EELK_Kanepi_kogudus, lk 13
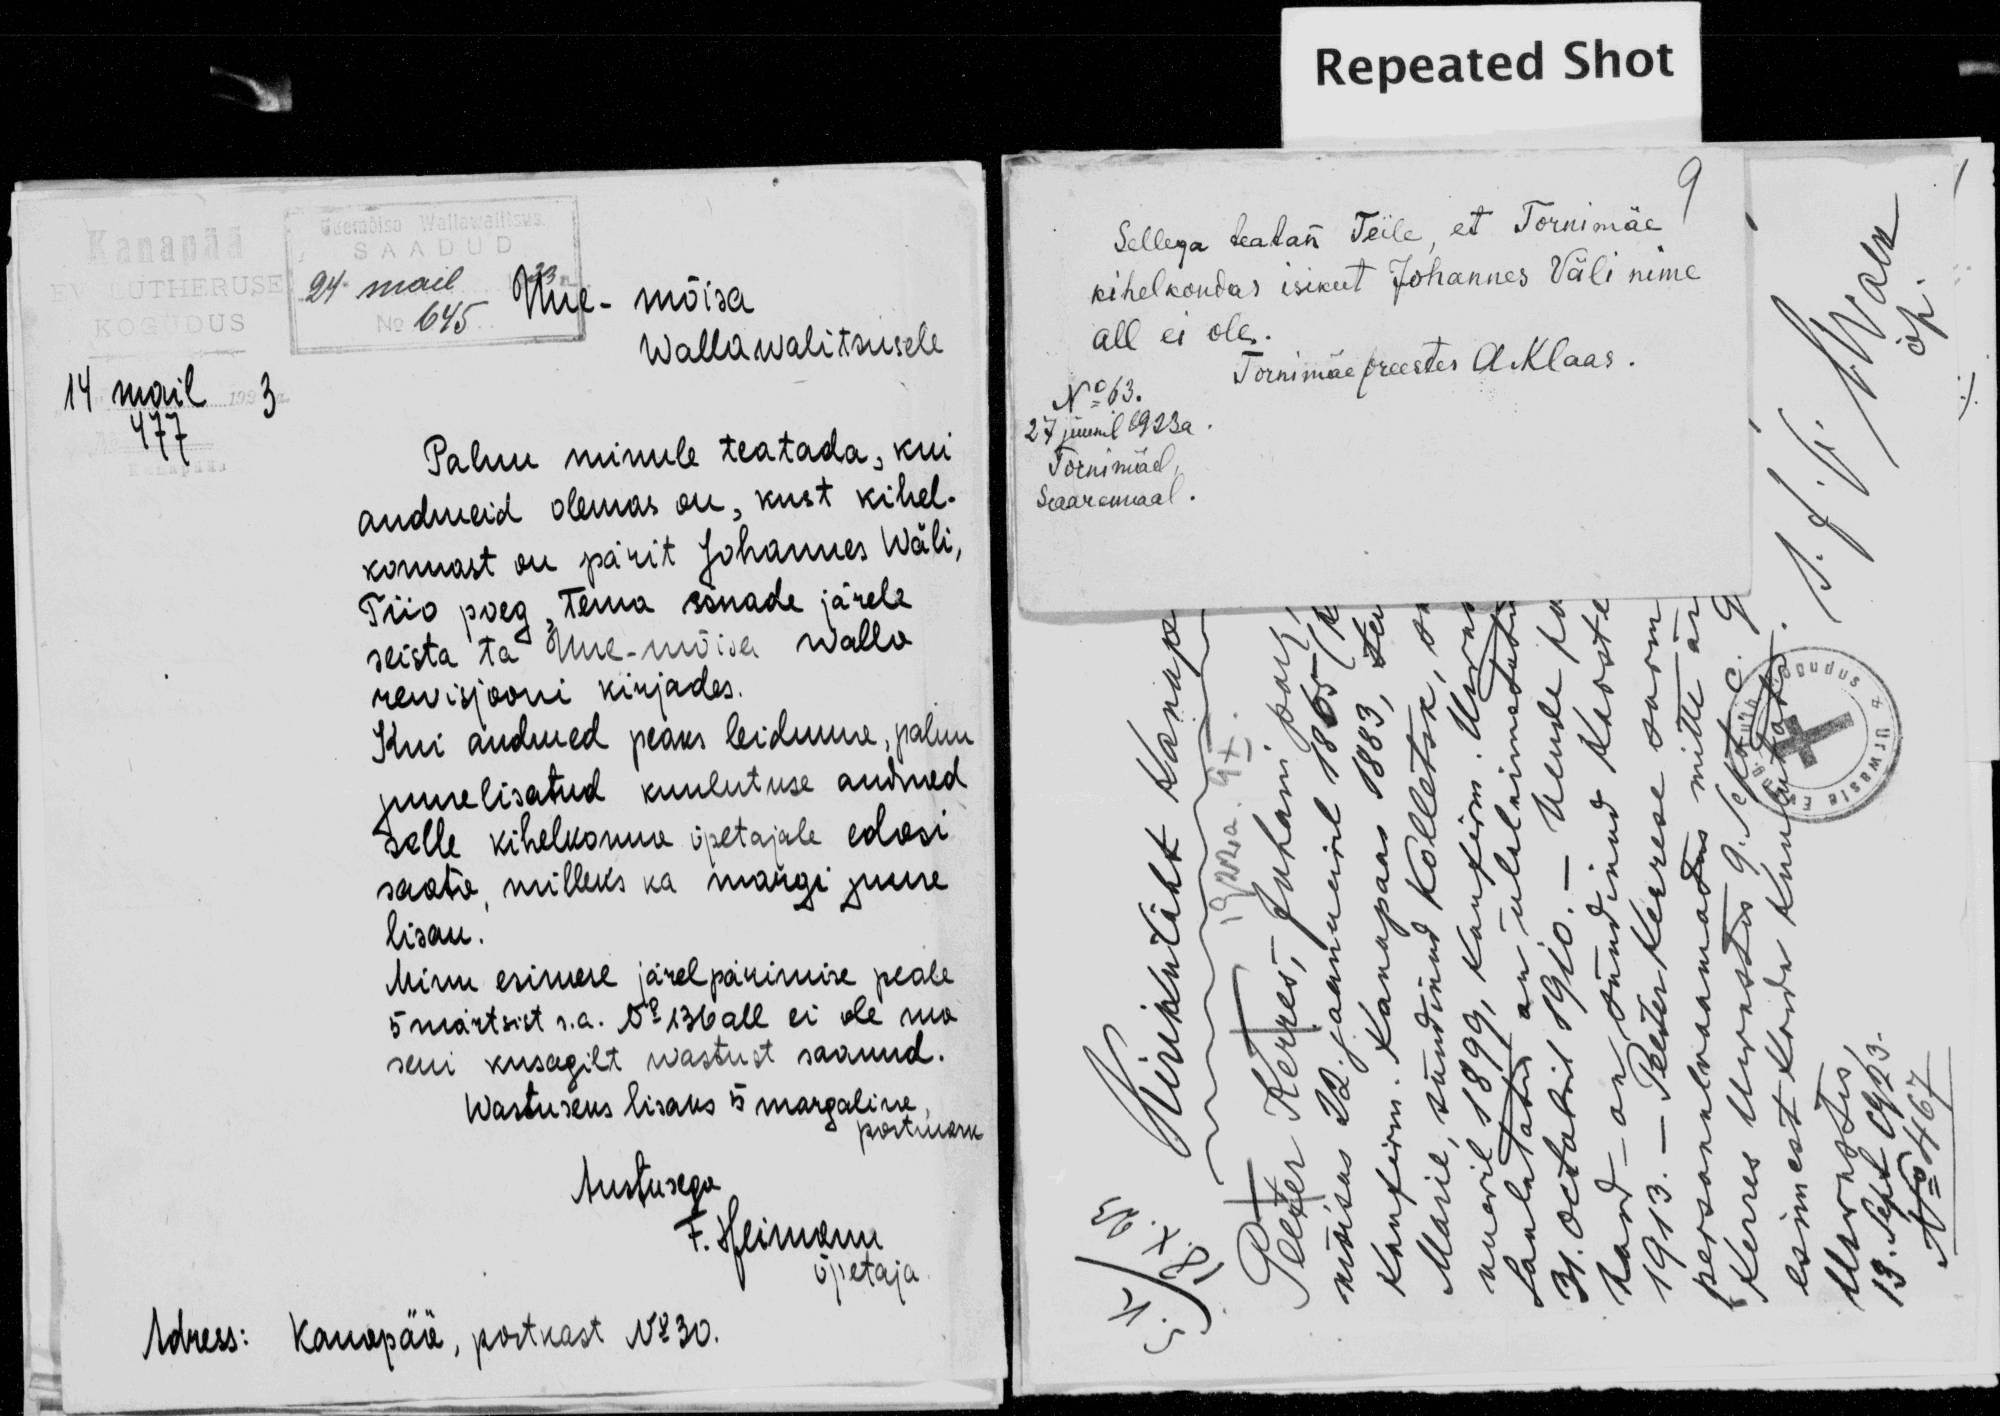
Sellega teatan Teile, et Tornimäe
kihelkondas isikut Johannes Väli nime
all ei ole.
Tornimäe preester A Klaas.
No 63.
27 juunil 1923a.
Tornimäel,
Saaremaal.
24 mail 23
645
Uue - mõisa
Wallawalitsusele.
14 mail 3
477
Palun minule teatada, kui
andmeid olemas on, kust kihel-
konnast on pärit Johannes Wäli,
Tiio poeg, Tema sõnade järele
seista ta Uue-mõisa walla
rewisjooni kirjades.
Kui andmed peaks leiduma, palun
juurelisatud kuulutuse andmed
selle kihelkonna õpetajale edasi
saata, milleks ka margi juure
lisan.
Minu esimese järelpärimise peale
5 märtsist s.a. No 136 all ei ole ma
seni kusagilt wastust saanud.
Wastuseks lisaks 5 margaline,
postmark
Austusega
F. Heimann
õpetaja.
Adress: Kanapää, postkast No 30.